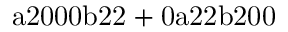
\mathrm { a 2 0 0 0 b 2 2 + 0 a 2 2 b 2 0 0 }